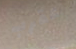
عقرب